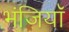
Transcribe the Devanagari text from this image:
भंजियाॅ